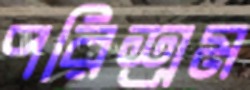
পরিশ্রম